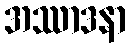
အဿာဒနာ